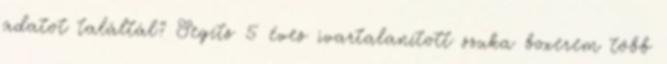
adatot találtál? Segíts 5 éves ivartalanított szuka boxerem több